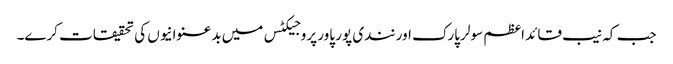
جب کہ نیب قائد اعظم سولر پارک اور نندی پور پاور پروجیکٹس میں بدعنوانیوں کی تحقیقات کرے۔